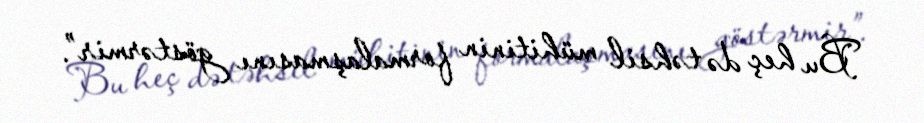
Bu heç də təhsil mühitinin formalaşmasını göstərmir”.